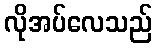
လိုအပ်လေသည်